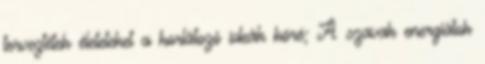
terveztétek életeteket a korlátozó ideák köré; A szavak energiátok